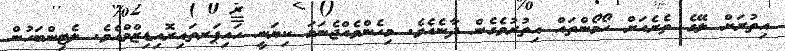
އިތުރަށް ލޭގެ ތެރެއަށް ހޯމޯންތައް އިތުރުވެގެން ދާނެއެވެ. މިހެންވެއްޖެނަމަ ކިޔަނީ ހައިޕަރތައިރޮއިޑިޒްމްއެވެ. ލެޓިންބަހުން